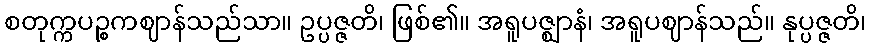
စတုက္ကပဉ္စကဈာန်သည်သာ။ ဥပ္ပဇ္ဇတိ၊ ဖြစ်၏။ အရူပဇ္ဈာနံ၊ အရူပဈာန်သည်။ နုပ္ပဇ္ဇတိ၊